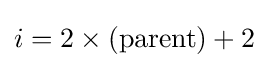
i=2\times ({\text{parent}})+2